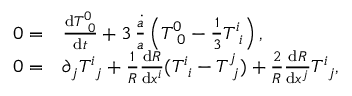
\begin{array} { r l } { 0 = } & { \frac { \mathrm { d } T _ { \, \, \, 0 } ^ { 0 } } { \mathrm { d } t } + 3 \, \frac { \dot { a } } { a } \left( T _ { \, \, \, 0 } ^ { 0 } - \frac { 1 } { 3 } T _ { \, \, \, i } ^ { i } \right) , } \\ { 0 = } & { \partial _ { j } T _ { \, \, \, j } ^ { i } + \frac { 1 } { R } \frac { \mathrm { d } R } { \mathrm { d } x ^ { i } } ( T _ { \, \, \, i } ^ { i } - T _ { \, \, \, j } ^ { j } ) + \frac { 2 } { R } \frac { \mathrm { d } R } { \mathrm { d } x ^ { j } } T _ { \, \, \, j } ^ { i } , } \end{array}